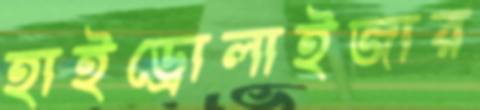
হাইড্রোলাইজার